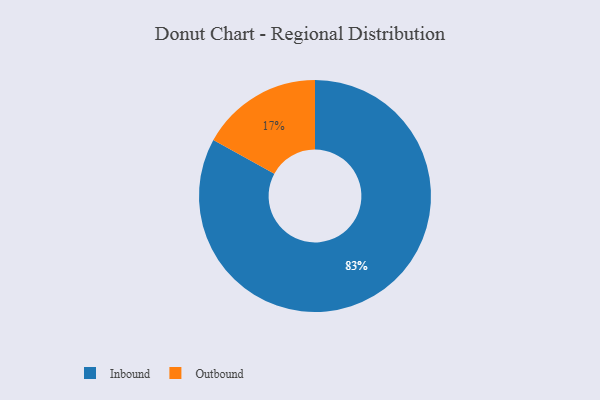
{"axis": {"x": "Category", "y": "Percentage"}, "legend": ["Inbound", "Outbound"], "data": [{"x": "Inbound", "y": 83, "type": "Inbound"}, {"x": "Outbound", "y": 17, "type": "Outbound"}]}